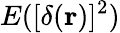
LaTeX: E([\delta(\mathbf{r})]^{2})